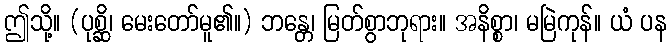
ဤသို့။ (ပုစ္ဆိ၊ မေးတော်မူ၏။) ဘန္တေ၊ မြတ်စွာဘုရား။ အနိစ္စာ၊ မမြဲကုန်။ ယံ ပန